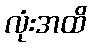
လုံးအထိ